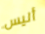
أليس